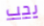
يجب